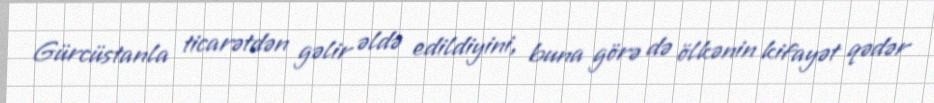
Gürcüstanla ticarətdən gəlir əldə edildiyini, buna görə də ölkənin kifayət qədər